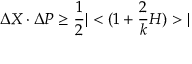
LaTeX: \Delta X \cdot \Delta P \geq \frac { 1 } { 2 } | < ( 1 + \frac { 2 } { k } { \cal H } ) > |